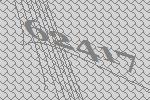
62417